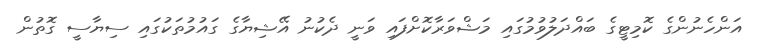
އަންހެނުންގެ ކޮމިޓީގެ ބައްދަލުވުމުގައި މަޝްވަރާކޮށްފައި ވަނީ ދެކުނު އޭޝިޔާގެ ގައުމުތަކުގައި ސިޔާސީ ގޮތުން